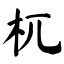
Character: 杌